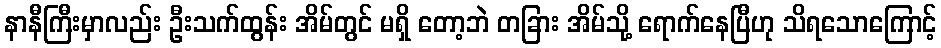
နာနီကြီးမှာလည်း ဦးသက်ထွန်း အိမ်တွင် မရှိ တော့ဘဲ တခြား အိမ်သို့ ရောက်နေပြီဟု သိရသောကြောင့်